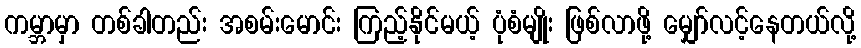
ကမ္ဘာမှာ တစ်ခါတည်း အစမ်းမောင်း ကြည့်နိုင်မယ့် ပုံစံမျိုး ဖြစ်လာဖို့ မျှော်လင့်နေတယ်လို့